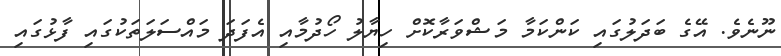
ނޫނެވެ. އޭގެ ބަދަލުގައި ކަންކަމާ މަޝްވަރާކޮށް ހިޔާލު ހޯދުމާއި އެފަދަ މައްސަލަތަކުގައި ފާޅުގައި